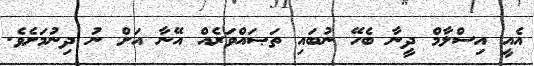
އެއީ އިސްލާމް ދީނާ ބެހޭ ނުބައި ތަޞައްވަރެއް އޭނާ އަށް ނު ދިނުމަށެވެ.